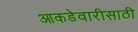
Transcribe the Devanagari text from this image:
आकडेवारीसाठी